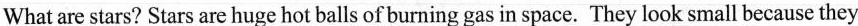
What are stars? Stars are huge hot balls of burning gas in space. They look small because they